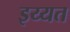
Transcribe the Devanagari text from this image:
इय्यत